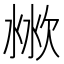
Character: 𣶙